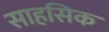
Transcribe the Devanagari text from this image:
साहसिक